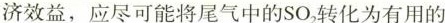
济效益，应尽可能将尾气中的SO_{2}转化为有用的